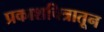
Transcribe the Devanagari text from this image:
प्रकाशचित्रातून